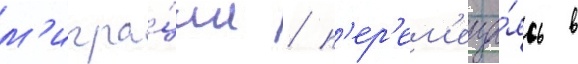
м'игра́ции / п'ер'ем'еща́ясь в